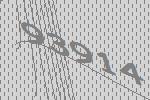
93914